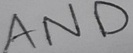
Text: AND